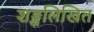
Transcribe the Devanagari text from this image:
शङ्खलिखित